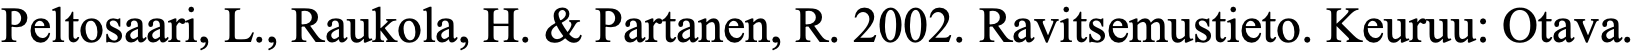
Peltosaari, L., Raukola, H. & Partanen, R. 2002. Ravitsemustieto. Keuruu: Otava.